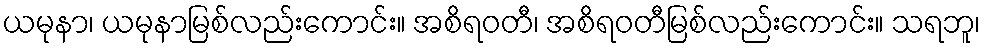
ယမုနာ၊ ယမုနာမြစ်လည်းကောင်း။ အစိရဝတီ၊ အစိရဝတီမြစ်လည်းကောင်း။ သရဘူ၊